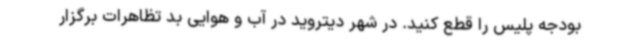
بودجه پلیس را قطع کنید. در شهر دیتروید در آب و هوایی بد تظاهرات برگزار